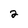
Character: 2